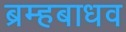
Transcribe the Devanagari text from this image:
ब्रम्हबाधव